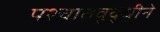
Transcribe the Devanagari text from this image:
पश्चातबुद्धीने